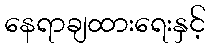
နေရာချထားရေးနှင့်